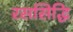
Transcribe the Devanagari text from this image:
रससिद्धि